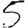
Digit: 5